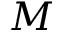
M